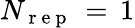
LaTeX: N_{\mathrm{~r~e~p~}}\, =\, 1